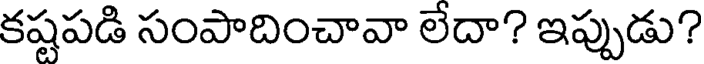
కష్టపడి సంపాదించావా లేదా? ఇప్పుడు?